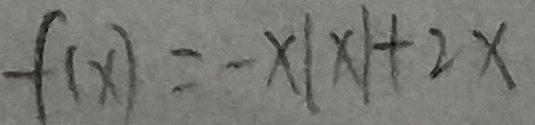
f ( x ) = - x \vert x \vert + 2 x